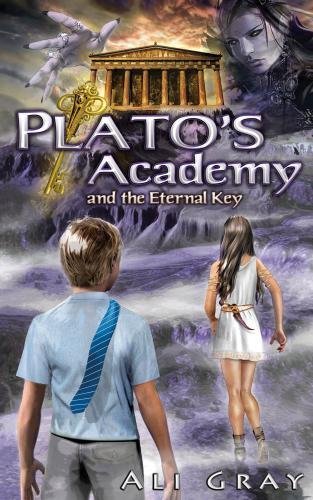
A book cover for Plato's Academy and the Eternal Key (The Eternal Key Series) (Volume 1); Ali Gray; Children's Books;